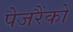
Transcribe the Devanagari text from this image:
पेजरैंकों